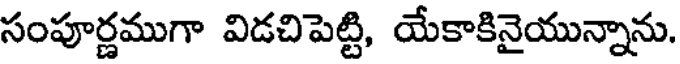
సంపూర్ణముగా విడచిపెట్టి, యేకాకినైయున్నాను.